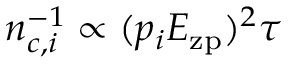
n _ { c , i } ^ { - 1 } \propto ( p _ { i } { E } _ { \mathrm { z p } } ) ^ { 2 } \tau